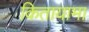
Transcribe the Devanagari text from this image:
कितायामा